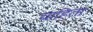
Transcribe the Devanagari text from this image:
चाहिता